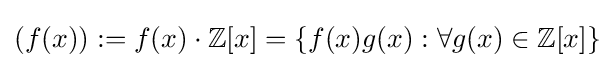
(f(x)):=f(x)\cdot \mathbb {Z} [x]=\{f(x)g(x):\forall g(x)\in \mathbb {Z} [x]\}